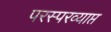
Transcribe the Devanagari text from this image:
परस्परव्याप्त